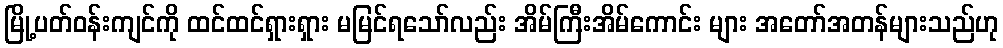
မြို့ပတ်ဝန်းကျင်ကို ထင်ထင်ရှားရှား မမြင်ရသော်လည်း အိမ်ကြီးအိမ်ကောင်း များ အတော်အတန်များသည်ဟု